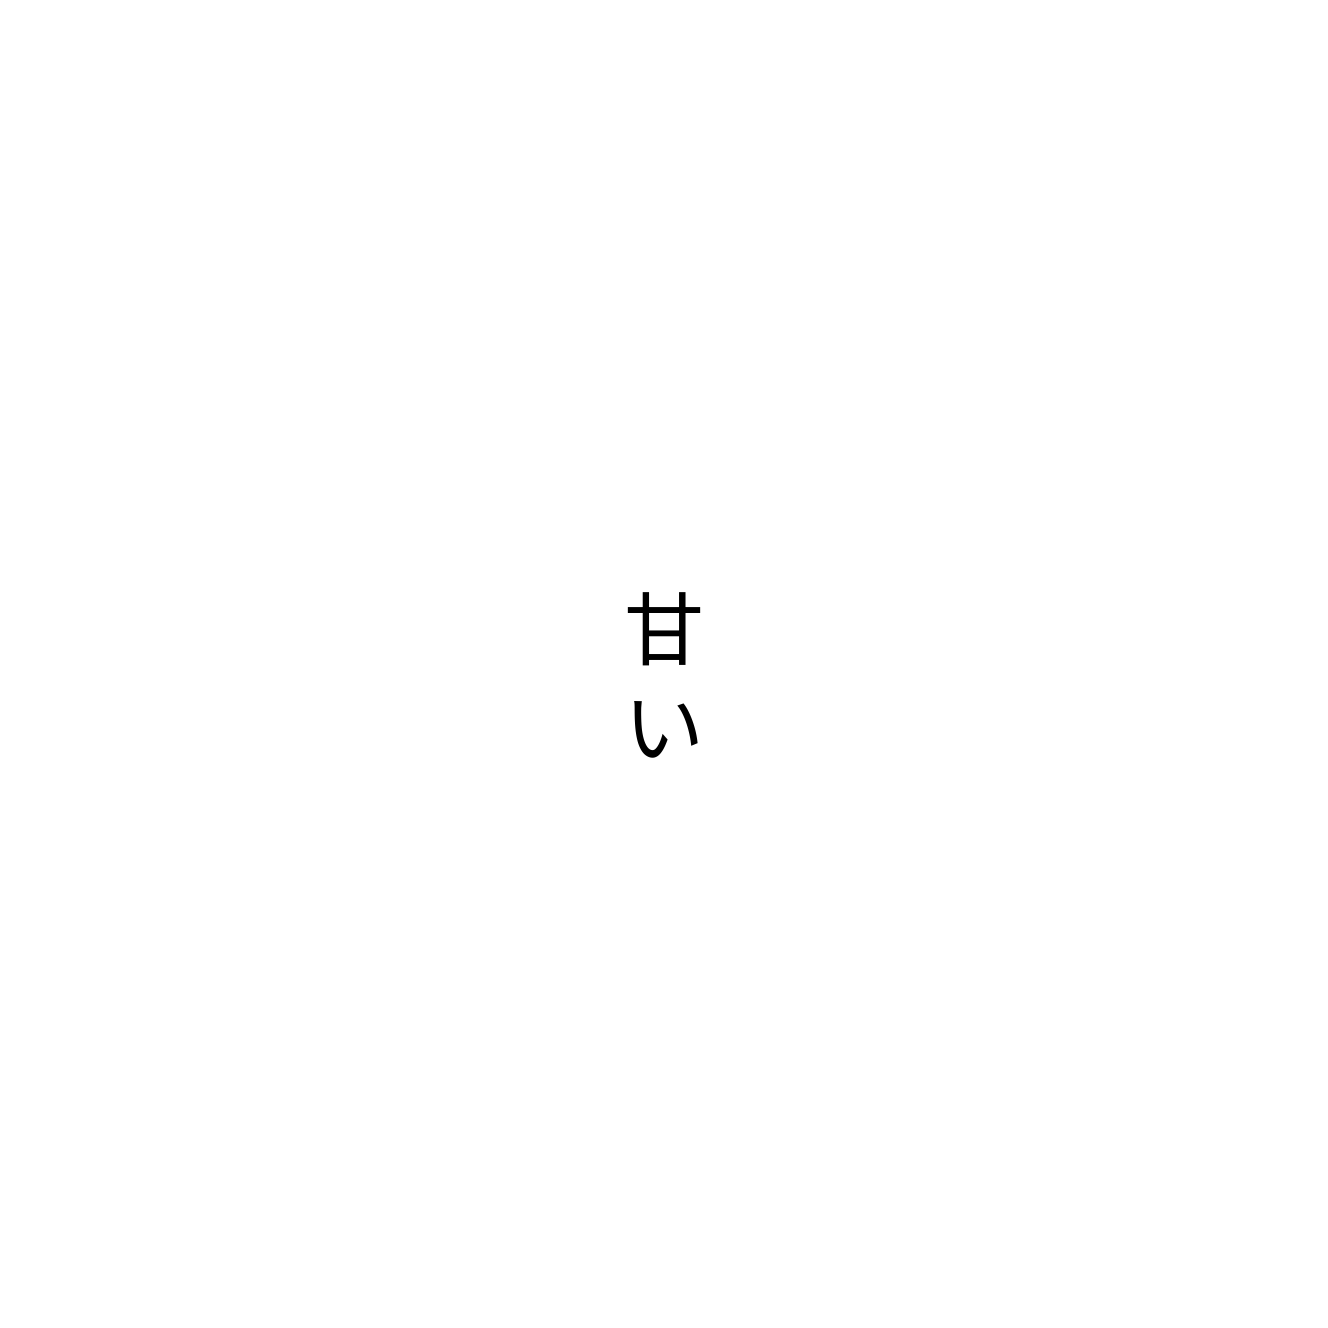
甘い